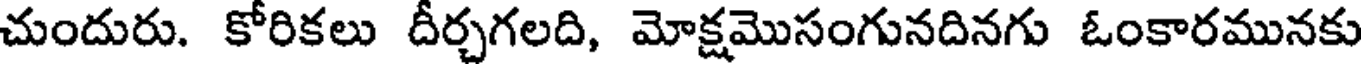
చుందురు. కోరికలు దీర్చగలది, మోక్షమొసంగునదినగు ఓంకారమునకు